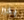
بخير